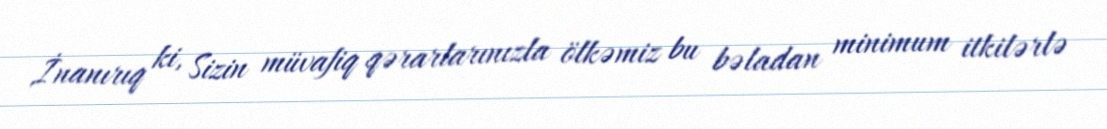
İnanırıq ki, Sizin müvafiq qərarlarınızla ölkəmiz bu bəladan minimum itkilərlə